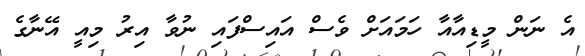
އެ ނަން މީޑިއާއާ ހަމައަށް ވެސް އައިސްފައި ނުވާ އިރު މިއީ އޭނާގެ